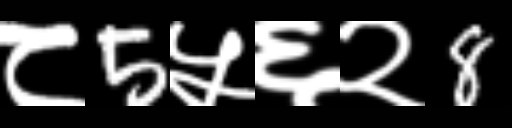
Text: ८5५६२8